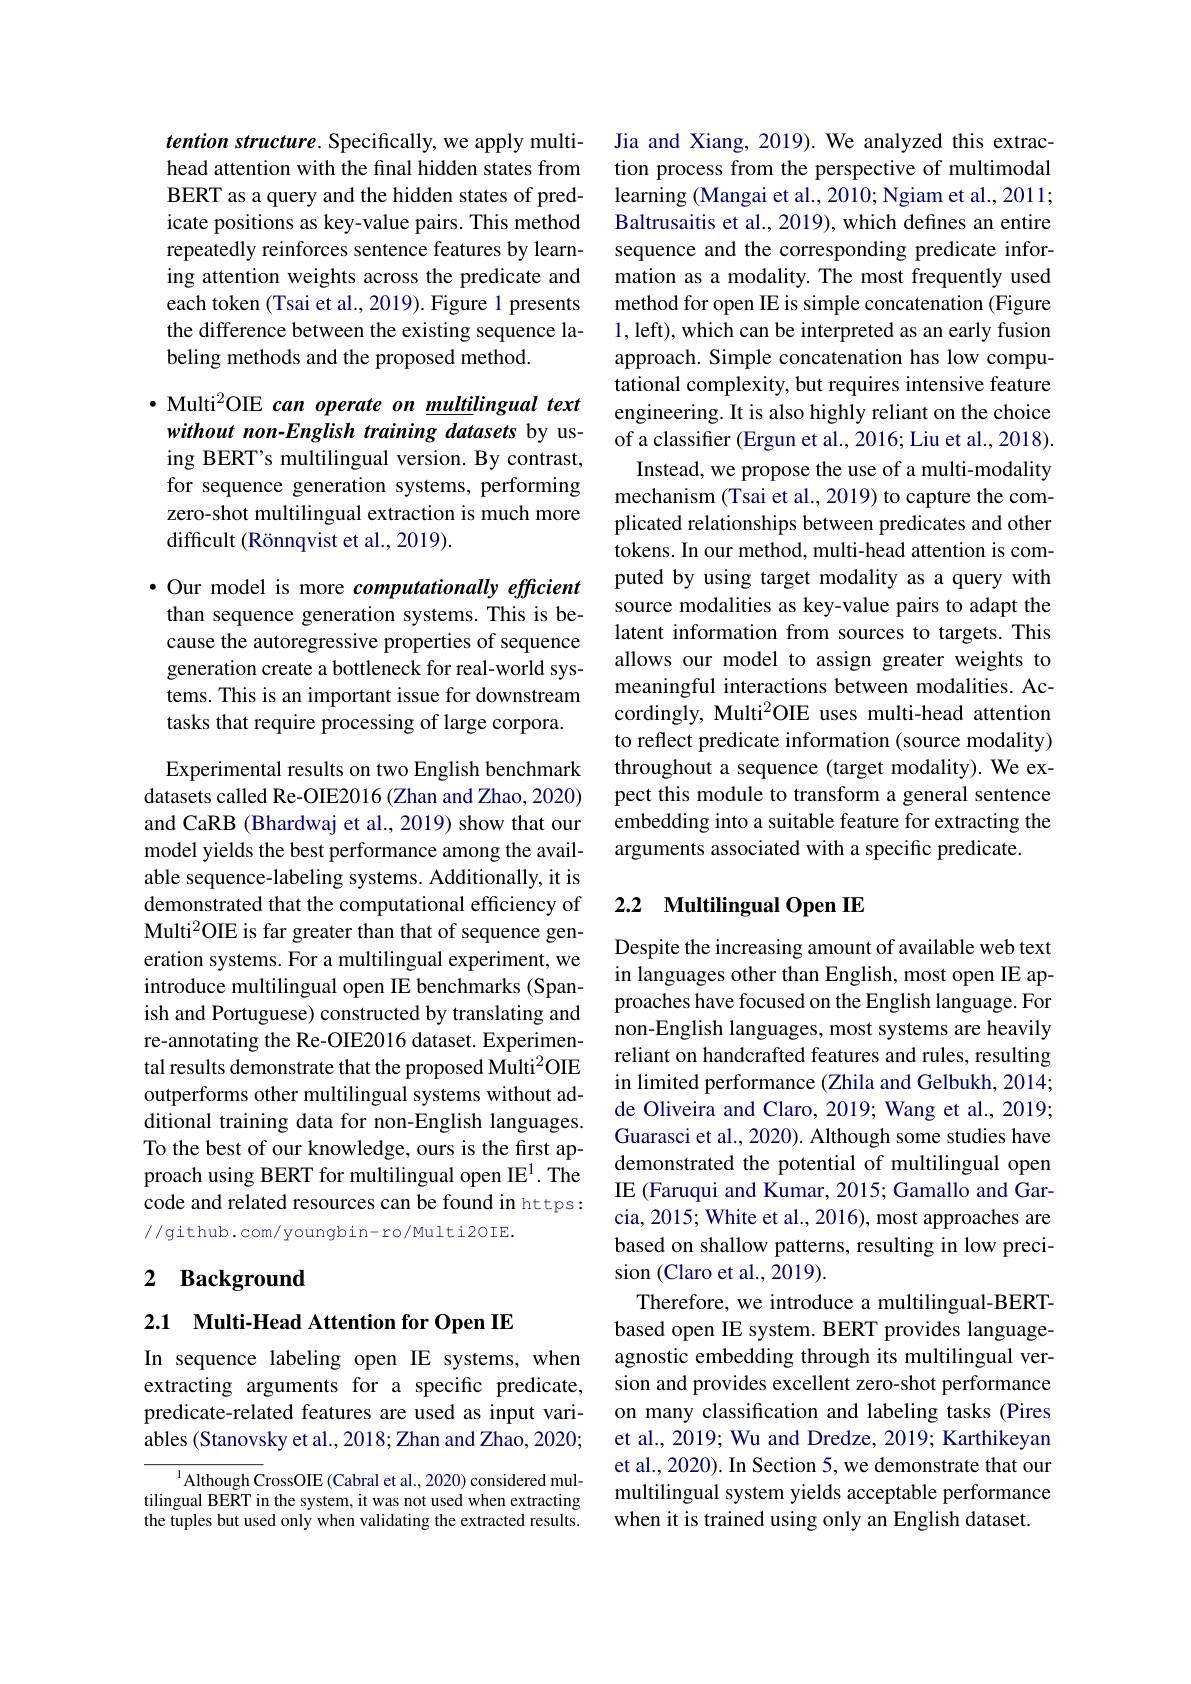
tention structure. Specifically, we apply multihead attention with the final hidden states from BERT as a query and the hidden states of predicate positions as key-value pairs. This method repeatedly reinforces sentence features by learning attention weights across the predicate and each token (Tsai et al., 2019). Figure 1 presents the difference between the existing sequence labeling methods and the proposed method.

· Multi$^2$OIE can operate on multilingual text without non-English training datasets by using BERT's multilingual version. By contrast, for sequence generation systems, performing zero-shot multilingual extraction is much more difficult (Rönnqvist et al., 2019).

$\bullet$ Our model is more computationally efficient than sequence generation systems. This is because the autoregressive properties of sequence generation create a bottleneck for real-world systems. This is an important issue for downstream tasks that require processing of large corpora.

Experimental results on two English benchmark datasets called Re-OIE2016 (Zhan and Zhao, 2020) and CaRB (Bhardwaj et al., 2019) show that our model yields the best performance among the available sequence-labeling systems. Additionally, it is demonstrated that the computational efficiency of Multi$^2$OIE is far greater than that of sequence generation systems. For a multilingual experiment, we introduce multilingual open IE benchmarks (Spanish and Portuguese) constructed by translating and re-annotating the Re-OIE2016 dataset. Experimental results demonstrate that the proposed Multi$^{2}$OIE outperforms other multilingual systems without additional training data for non-English languages. To the best of our knowledge, ours is the first approach using BERT for multilingual open IE$^{1}.$ The code and related resources can be found in https: //github.com/youngbin-ro/Multi20IE.

## 2 Background

2.1 Multi-Head Attention for Open IE

In sequence labeling open IE systems, when extracting arguments for a specific predicate, predicate-related features are used as input variables (Stanovsky et al., 2018; Zhan and Zhao, 2020;

$^{1}$Although CrossOIE (Cabral et al., 2020) considered multilingual BERT in the system, it was not used when extracting the tuples but used only when validating the extracted results.

Jia and Xiang, 2019). We analyzed this extraction process from the perspective of multimodal learning (Mangai et al., 2010; Ngiam et al., 2011; Baltrusaitis et al., 2019), which defines an entire sequence and the corresponding predicate information as a modality. The most frequently used method for open IE is simple concatenation (Figure 1, left), which can be interpreted as an early fusion approach. Simple concatenation has low computational complexity, but requires intensive feature engineering. It is also highly reliant on the choice of a classifier (Ergun et al., 2016; Liu et al., 2018).
Instead, we propose the use of a multi-modality mechanism (Tsai et al., 2019) to capture the complicated relationships between predicates and other tokens. In our method, multi-head attention is computed by using target modality as a query with source modalities as key-value pairs to adapt the latent information from sources to targets. This allows our model to assign greater weights to meaningful interactions between modalities. Accordingly, Multi$^2$OIE uses multi-head attention to reflect predicate information (source modality) throughout a sequence (target modality). We expect this module to transform a general sentence embedding into a suitable feature for extracting the arguments associated with a specific predicate.

## 2.2 Multilingual Open IE

Despite the increasing amount of available web text in languages other than English, most open IE approaches have focused on the English language. For non-English languages, most systems are heavily reliant on handcrafted features and rules, resulting in limited performance (Zhila and Gelbukh, 2014; de Oliveira and Claro, 2019; Wang et al., 2019; Guarasci et al., 2020). Although some studies have demonstrated the potential of multilingual open IE (Faruqui and Kumar, 2015; Gamallo and Garcia, 2015; White et al., 2016), most approaches are based on shallow patterns, resulting in low precision (Claro et al., 2019).
Therefore, we introduce a multilingual-BERTbased open IE system. BERT provides languageagnostic embedding through its multilingual version and provides excellent zero-shot performance on many classification and labeling tasks (Pires et al., 2019; Wu and Dredze, 2019; Karthikeyan et al., 2020). In Section 5, we demonstrate that our multilingual system yields acceptable performance when it is trained using only an English dataset.